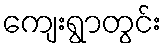
ကျေးရွာတွင်း